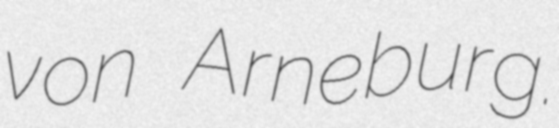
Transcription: von Arneburg.